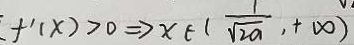
f ^ { \prime } ( x ) > 0 \Rightarrow x E ( \frac { 1 } { \sqrt { 2 a } } , + \infty )